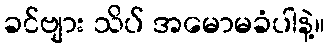
ခင်ဗျား သိပ် အမောမခံပါနဲ့။